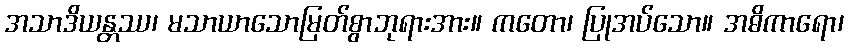
အသာဒိယန္တဿ၊ မသာယာသောမြတ်စွာဘုရားအား။ ကတော၊ ပြုအပ်သော။ အဓိကာရော၊